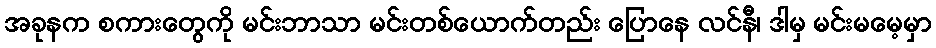
အခုနက စကားတွေကို မင်းဘာသာ မင်းတစ်ယောက်တည်း ပြောနေ လင်နီ၊ ဒါမှ မင်းမမေ့မှာ